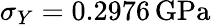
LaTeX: \sigma_{Y}=0.2976\, \mathrm{GPa}